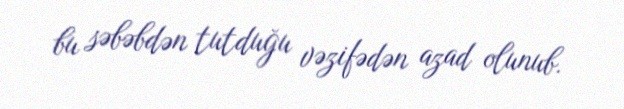
bu səbəbdən tutduğu vəzifədən azad olunub.